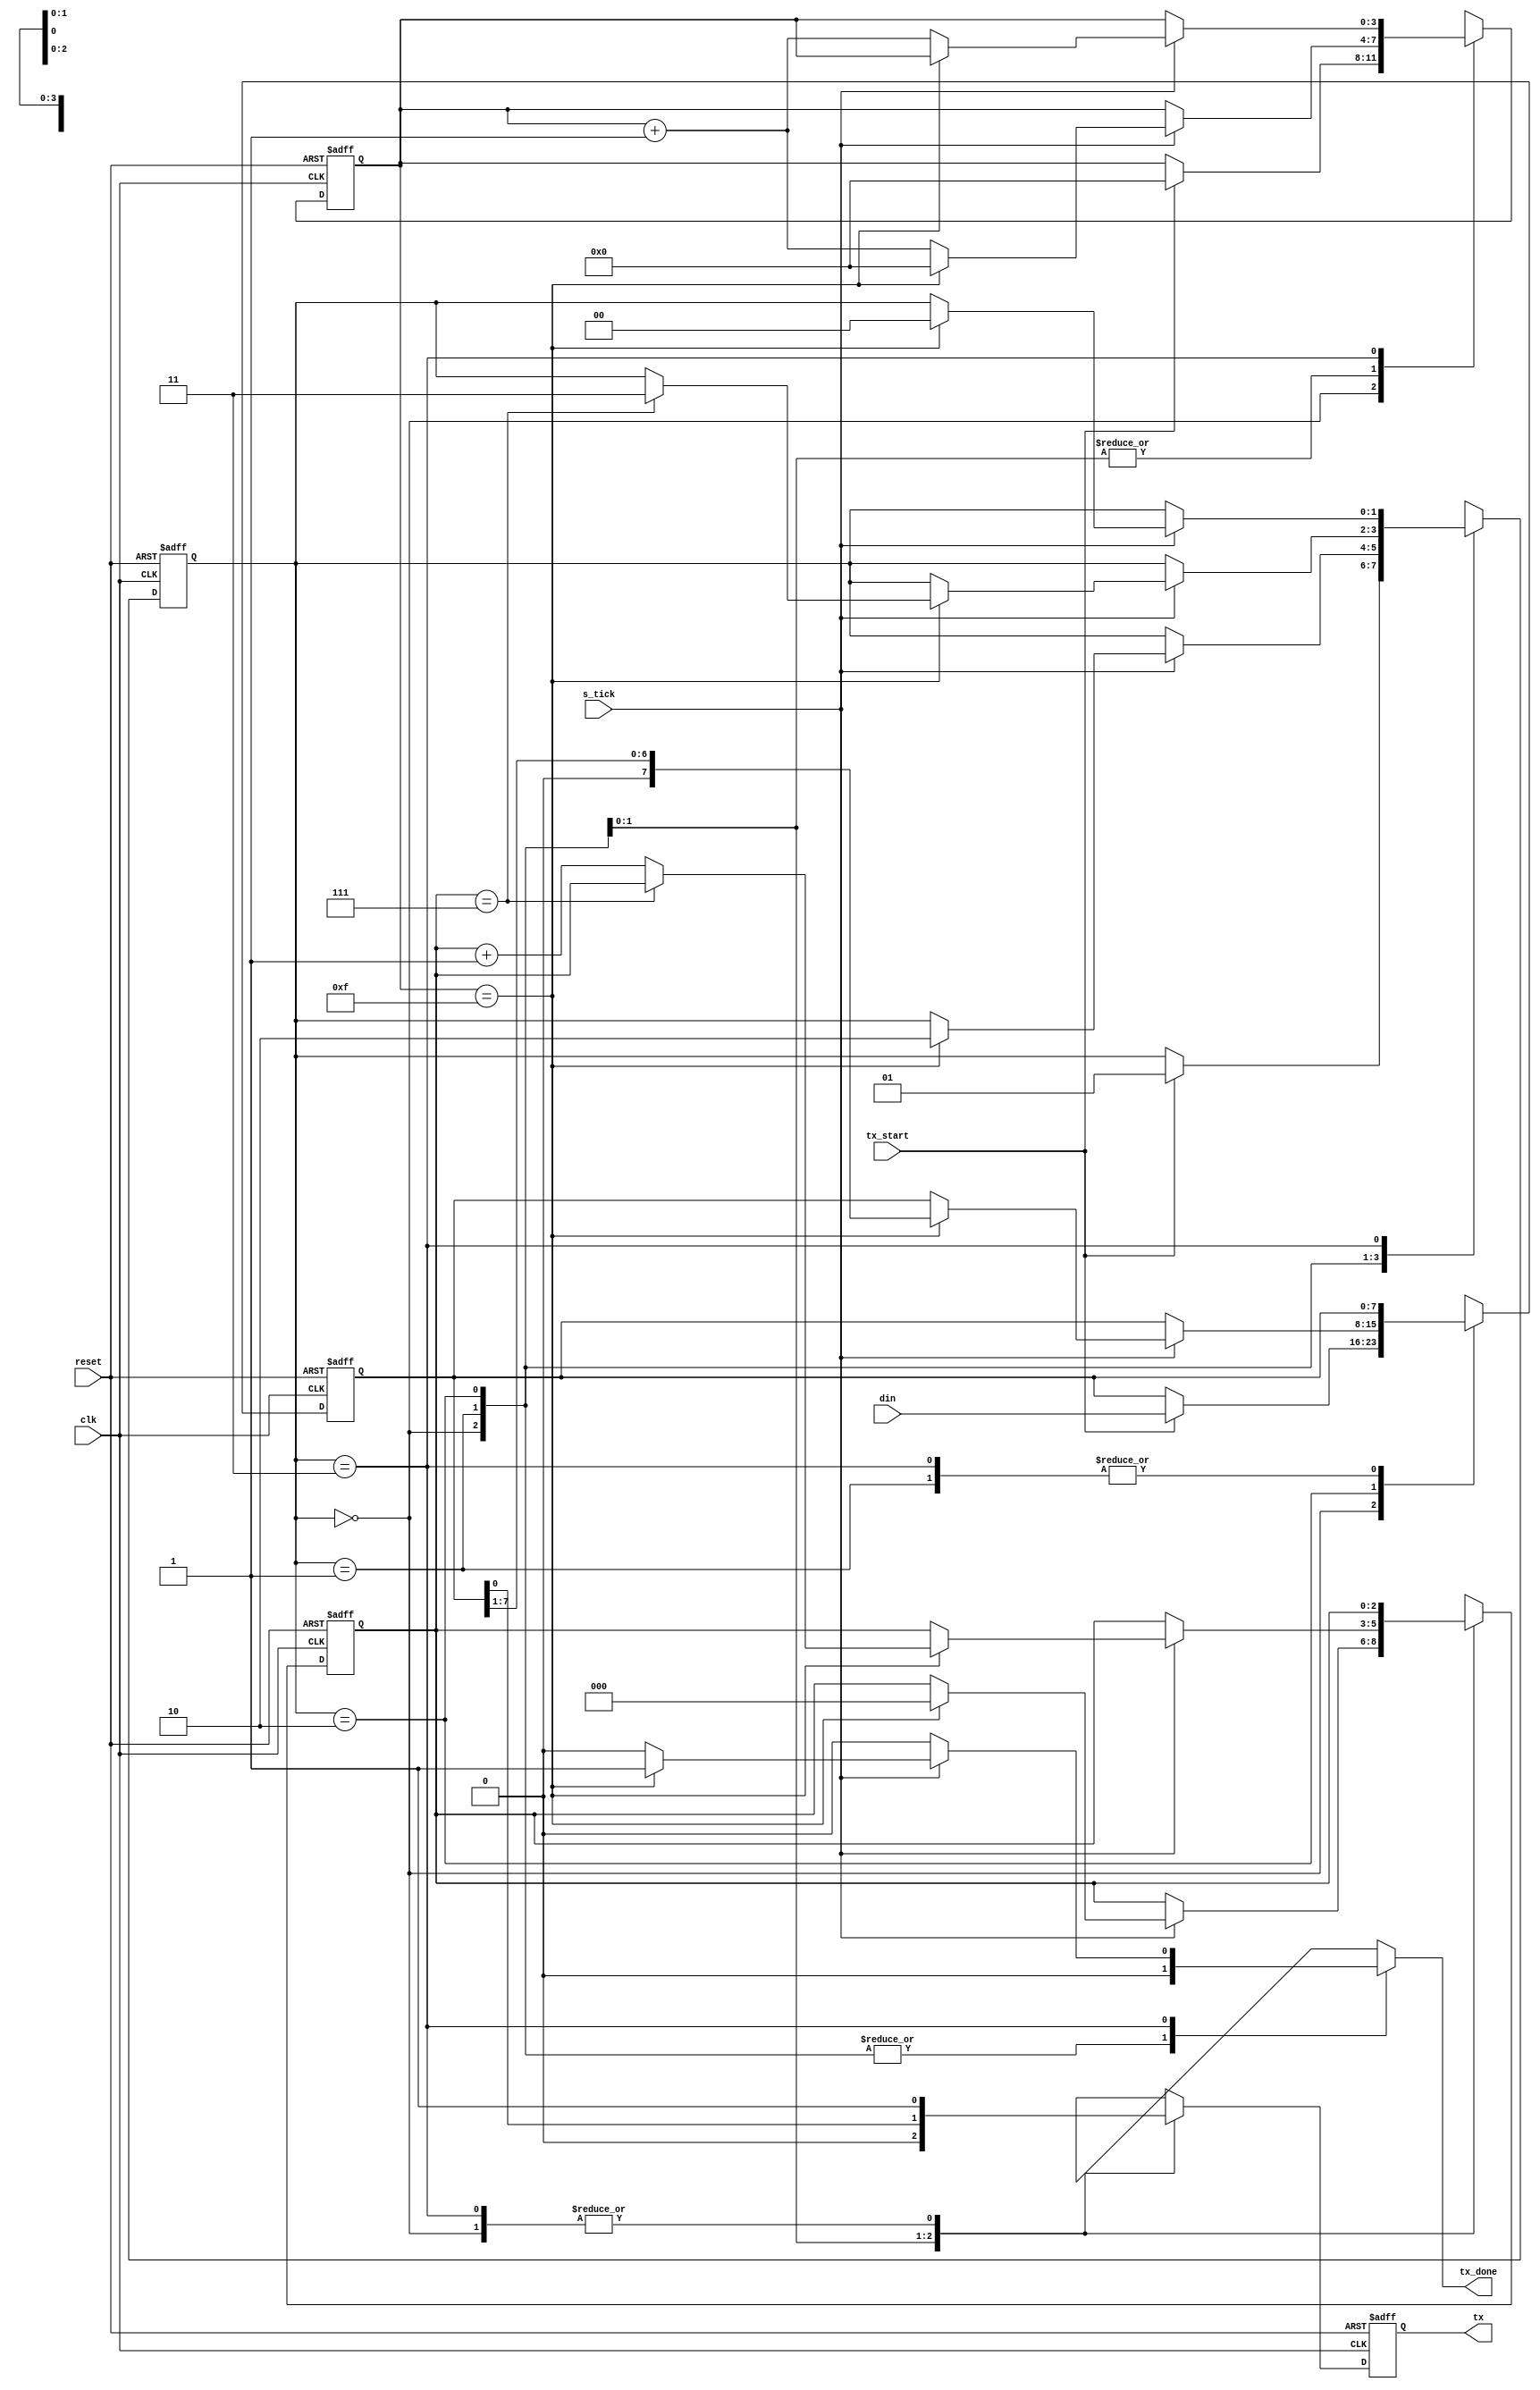
`timescale 10ns / 10ns

module uart_tx  #(
        parameter       DBIT    =   8   ,   //  Cantidad de bits
        parameter       SB_TICK =   16
    )
    (
        input   wire    clk,    reset   ,
        input   wire    tx_start, s_tick,   //  Entrada que habilita la transmision y otra que da los pulsos del baud generator
        input   wire    [DBIT-1:0]  din ,
        output  reg     tx_done         ,   //  Se?al de final de la transmision
        output  wire    tx                  // Trama UART de salida
    );
    
    //  Declaracion de estados
    localparam[1:0]
        IDLE        =   2'b00           ,   //  No esta habilitado
        START       =   2'b01           ,   //  Envia el bit de START
        DATA        =   2'b10           ,   //  Envia los bits de datos
        STOP        =   2'b11           ;   //  Envia el o los bits de STOP
        
    //  Declaracion de se;ales
    reg [1:0]   state_reg,  state_next  ;   //  Estado actual y proximo
    reg [3:0]   s_reg,      s_next      ;   //  Contadores de ticks
    reg [2:0]   n_reg,      n_next      ;   //  Contadores de bits
    reg [7:0]   b_reg,      b_next      ;   //  Indices del regristro de entrada
    reg         tx_reg,     tx_next     ;   //  Registro auxiliar de la salida
    
    //  Logica de la memoria
    always  @(posedge clk, posedge reset)
        if  (reset)
            begin
                state_reg   <=  IDLE    ;
                s_reg       <=  0       ;
                n_reg       <=  0       ;
                b_reg       <=  0       ;
                tx_reg      <=  1'b1    ;
            end
        else
            begin
                state_reg   <=  state_next  ;
                s_reg       <=  s_next  ;
                n_reg       <=  n_next  ;
                b_reg       <=  b_next  ;
                tx_reg      <=  tx_next ;
            end
    
    //  Logica de proximo estado y la salida
    always  @*
    begin
        state_next      =   state_reg   ;
        tx_done         =   1'b0        ;
        s_next          =   s_reg       ;
        n_next          =   n_reg       ;
        b_next          =   b_reg       ;
        tx_next         =   tx_reg      ;
        
        case    (state_reg)
            IDLE:
                begin
                    tx_next     =   1'b1            ;   //  Salida en alto que muestra que no se estan enviando datos por dise?o
                    if  (tx_start)                      //  Inicia la transmision
                        begin
                            state_next  =   START   ;
                            s_next      =   0       ;
                            b_next      =   din     ;
                        end
                end
            START:
                begin
                    tx_next     =   1'b0            ;   //  Bit de start
                    if  (s_tick)
                        if  (s_reg==15)
                            begin
                                state_next  =   DATA;
                                s_next      =   0   ;
                                n_next      =   0   ;
                            end
                        else
                            s_next  =   s_reg + 1   ;
                end
            DATA:
                begin
                    tx_next     =   b_reg[0]        ;   //  Envia el primer bit
                    if  (s_tick)
                        if  (s_reg==15)
                            begin
                                s_next      =   0   ;
                                b_next  =   b_reg>>1;   //  Se corre al siguiente bit
                                if  (n_reg == (DBIT - 1))
                                    state_next  =   STOP    ;   //  Cuando se llega al numero de bits del dato, se termina la transmision
                                else
                                    n_next  =   n_reg + 1   ;
                            end
                        else
                            s_next  =   s_reg + 1   ;
                end
            STOP:
                begin
                    tx_next     =   1'b1            ;   //  Bit de STOP
                    if  (s_tick)
                        if  (s_reg==(SB_TICK-1))
                            begin
                                state_next  =   IDLE;
                                tx_done     =   1'b1;
                            end
                        else
                            s_next  =   s_reg + 1   ;
                end
        endcase
    end
    
    //  Salida
    assign  tx  =   tx_reg  ;
        
endmodule